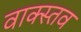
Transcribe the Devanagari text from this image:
वाक्स्तव